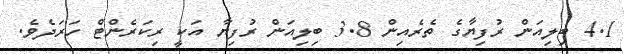
4.1 ބިލިއަން ރުފިޔާގެ ތެރެއިން 3.8 ބިލިއަން ރުފިޔާ އަކީ ރިކަރެންޓް ހަރަދެވެ.